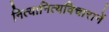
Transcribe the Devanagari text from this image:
नित्यानित्यविचारानें